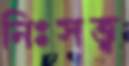
নিঃসত্ত্ব